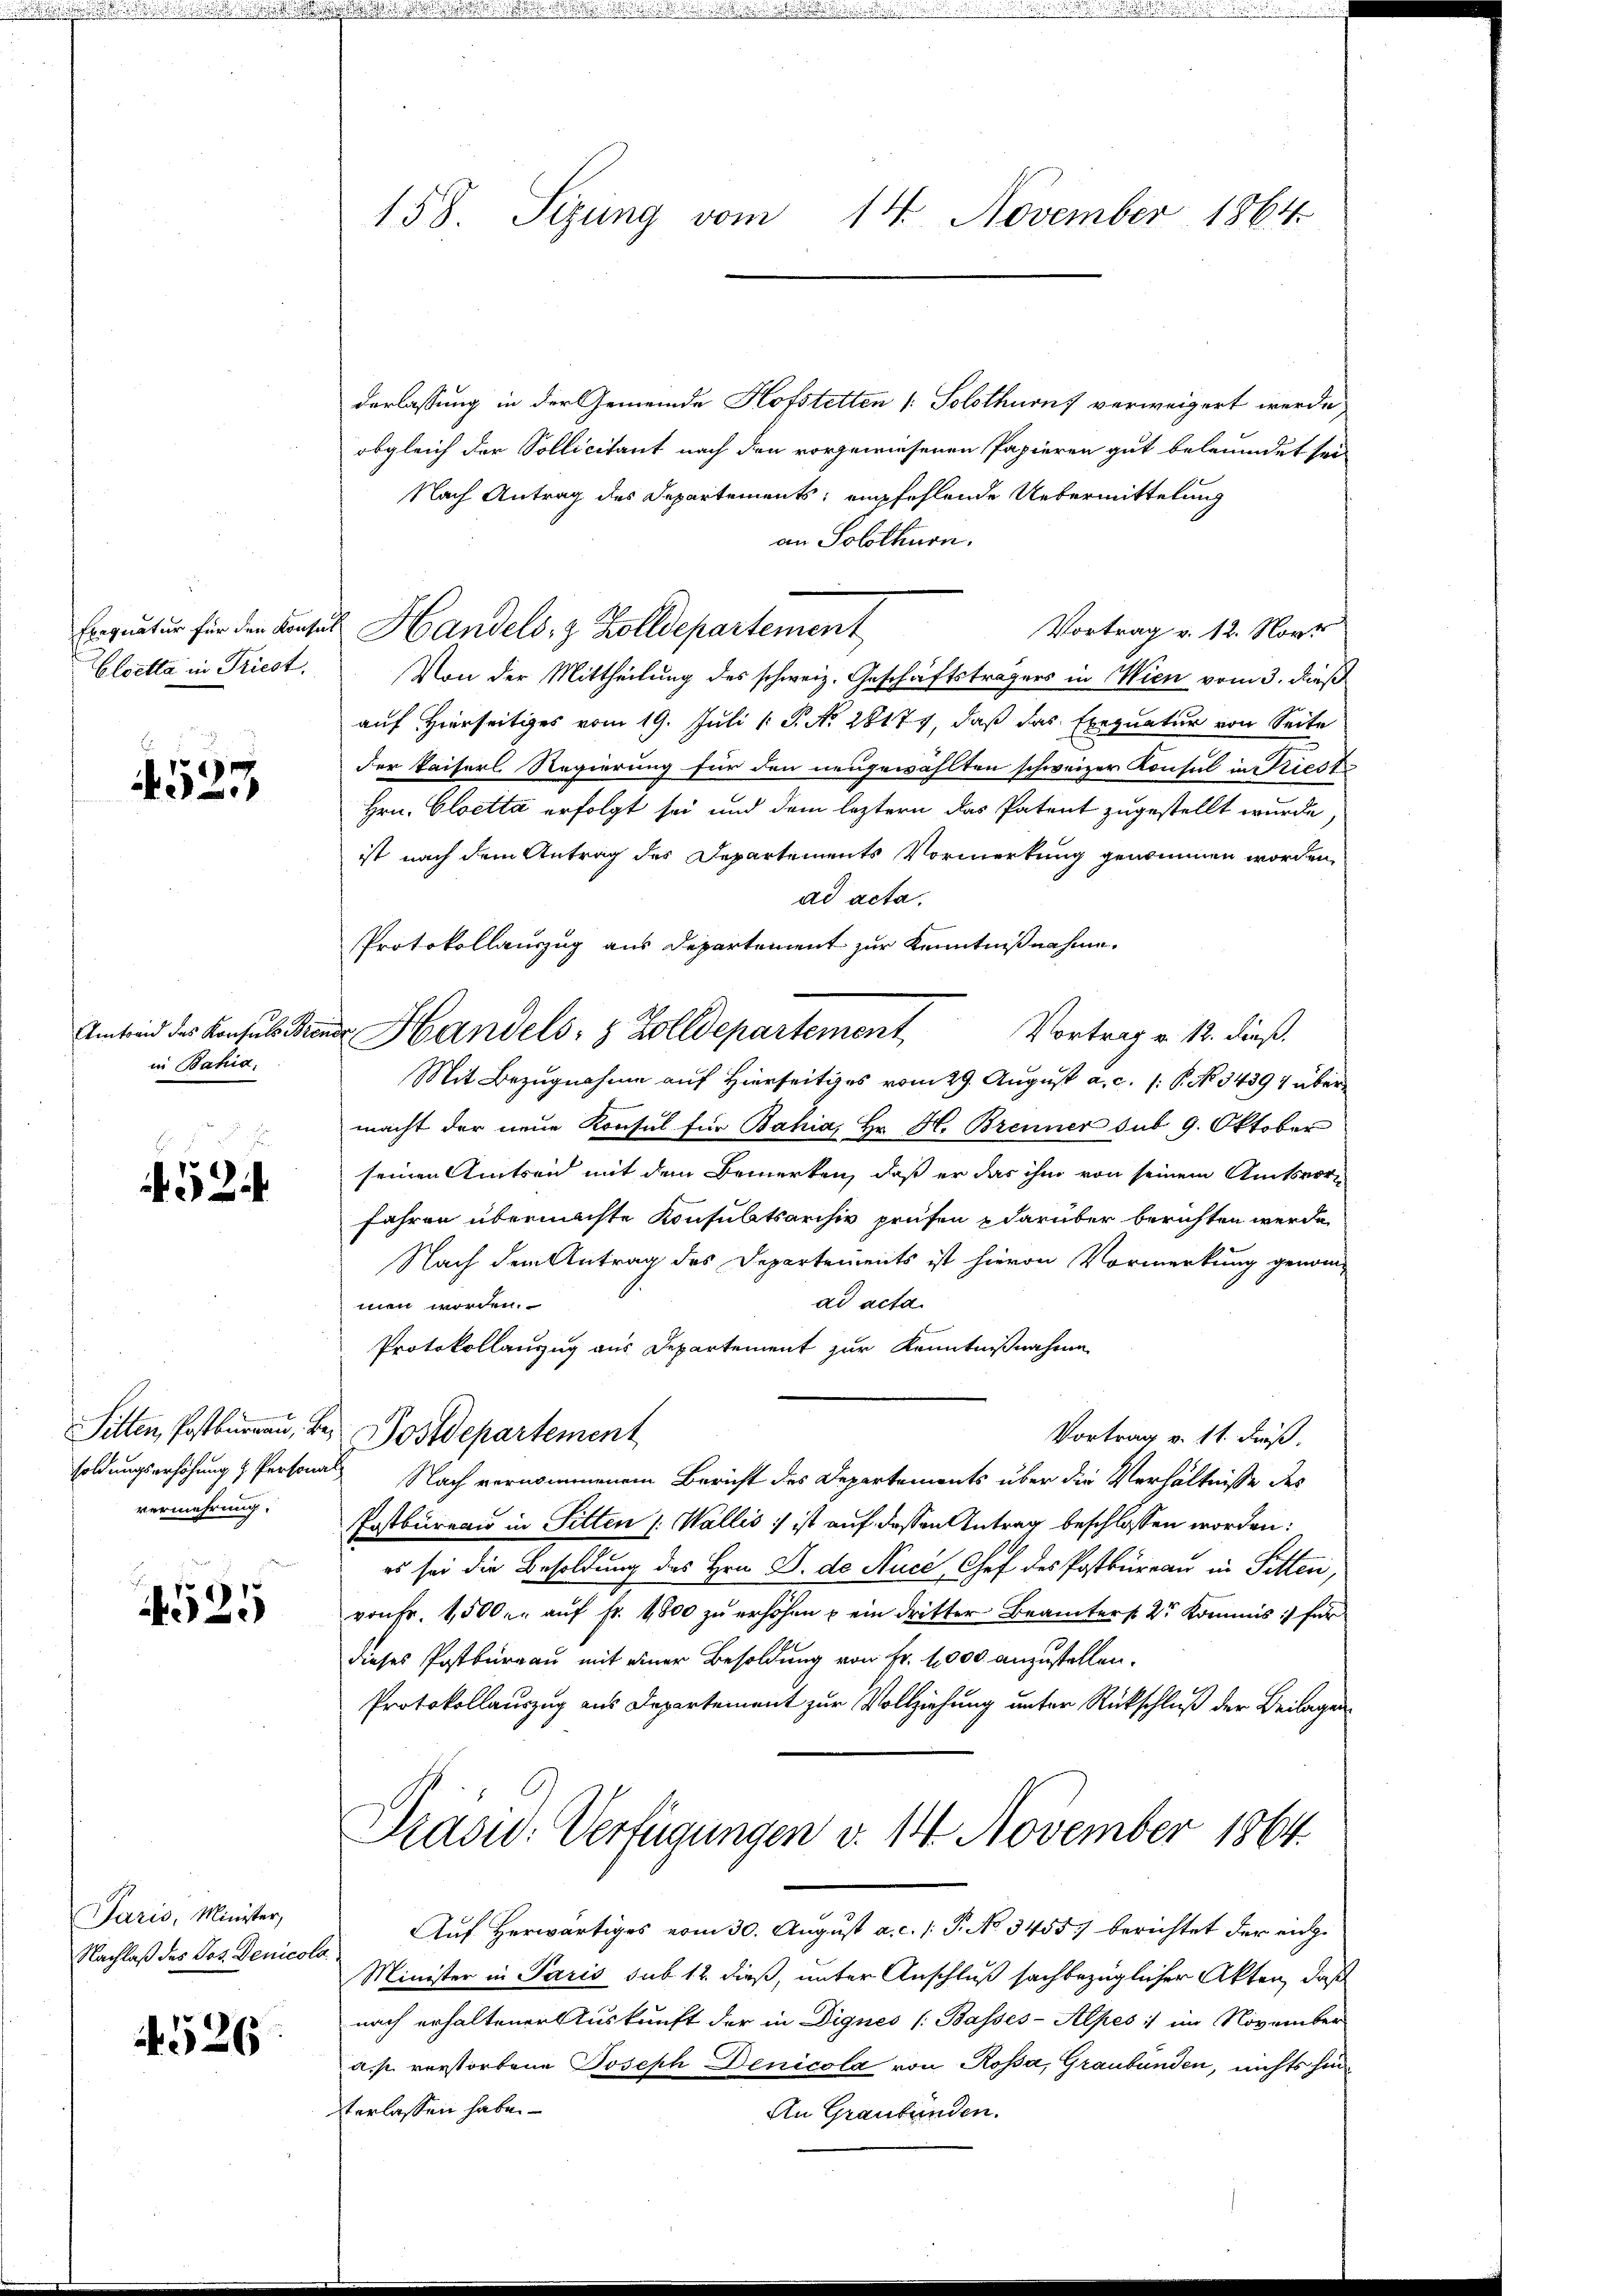
Exequatur für den Konz
Eloetta in Triest.

4523

Umtreid das Konsuls Bre
in Bahia,

2

vermehrung.

4525

Paris, Minister,
Nachlaß des Jos. Denicolo

526

158. Sizung vom 14. November 1864.

derlassung in der Gemeinde Hofstetten (: Solothurn verweigert werde,
obgleich der Sollicitant nach den vorgewiesenen Papieren gut beleumdet sei
Nach Antrag des Departements, empfehlende Uebermittelung
an Solothurn.
Vortrag v. 12. Nove
u Handels- & Zolldepartement
Von der Mittheilung des schweiz. Geschäftsträgers in Wien vom 3. dieß
auf Hierseitiges vom 19. Juli 1 S. No. 2817, daß das Exequatur von Seite
der Paiserl Regierung für den neugewählten schweizer Konsul in Kieste
Hrn. Gloetta erfolgt sei und dem leztern das Patent zugestellt wurde,
ist nach dem Antrag des Departements Vormerkung genommen worden,
ad acta.
Protokollauszug aus Departement zur Kenntnißnahme.
er Handels- & Zolldepartement
Vortrag v. 12. dieß.
Mit Bezugnahme auf Hierseitiges vom 29. August a. c. (: P. No 34391 über
macht der neue Konsul für Bahia, Hr. H. Brenner sub 9. Oktober
seinen Amtseid mit dem Bemerken, daß er das ihm von seinem Amtsvorfahren übermachte Konsultsarchiv prüfen & darüber berichten werde.
Nach dem Antrag des Departements ist hievon Vormerkung genomad acta.
men worden.
Protokollanzug aus Departement zur Kenntnißnahme
Sitten, Postbüreau, bei Postdepartement
Vortrag v. 11. dieß.
soldungserhöhung & Personal Nach vernommenem Bericht des Departements über die Verhältnisse des
Postbureau in Sitten /: Wallis :/ ist auf dessen Antrag beschlossen worden:
es sei die Besoldung des Hrn. S. de Nucć, Chef des Postbüreau in Sitten,
von Fr. 1500. aŭf fr. 1800 zŭ erhöhen u ein dritter Beamters. Dr Kommis :/ für
dieses Postburgau mit einer Besoldung von Fr. 1000 anzustellen.
Protokollauszug aus Departement zur Vollziehung unter Rückschluß der Beilagen
Pasid: Verfügungen v. 14 November 1864.
Auf Herwärtiges vom 30. August a. c. /: P. No 3455) berichtet der rich¬
Minister in Paris sub 12 dieß, unter Anschluß sachbezüglicher Akten, daß
nach erhaltener Auskunft der in Dignes (Basses-Alpes :/ im November
a. p. vorstorbene Joseph Denicola von Rossa, Graubünden, nichts hinterlassen habe.
An Graubünden.